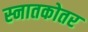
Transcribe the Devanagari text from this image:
स्‍नातकोतर